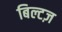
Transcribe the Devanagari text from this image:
बिल्टज़